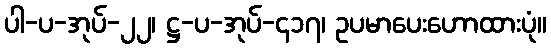
ပါ-ပ-အုပ်-၂၂၊ ဋ္ဌ-ပ-အုပ်-၄၁၇၊ ဥပမာပေးဟောထားပုံ။